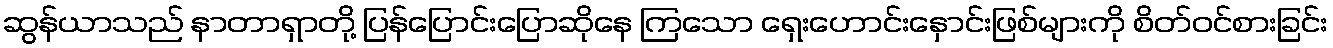
ဆွန်ယာသည် နာတာရှာတို့ ပြန်ပြောင်းပြောဆိုနေ ကြသော ရှေးဟောင်းနှောင်းဖြစ်များကို စိတ်ဝင်စားခြင်း